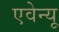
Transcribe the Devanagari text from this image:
एवेन्‍यू